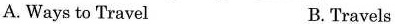
A.Ways to Travel B. Travels